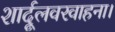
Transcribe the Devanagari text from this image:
शार्दूलवरवाहना।